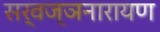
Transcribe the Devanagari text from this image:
सर्वज्ञनारायण